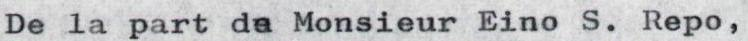
De la part da Monsieur Eino S. Repo,